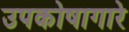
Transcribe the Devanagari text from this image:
उपकोषागारे